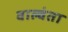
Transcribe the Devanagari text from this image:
वाल्वंता